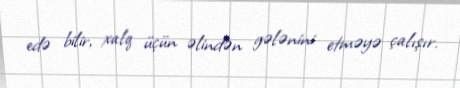
edə bilir, xalq üçün əlindən gələnini etməyə çalışır.